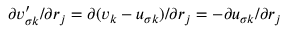
\partial v _ { \sigma k } ^ { \prime } / \partial r _ { j } = \partial ( v _ { k } - u _ { \sigma k } ) / \partial r _ { j } = - \partial u _ { \sigma k } / \partial r _ { j }